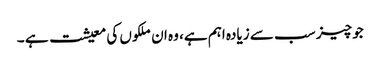
جو چیز سب سے زیادہ اہم ہے، وہ ان ملکوں کی معیشت ہے ۔